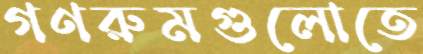
গণরুমগুলোতে